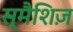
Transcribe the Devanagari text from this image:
स्मैशिज़